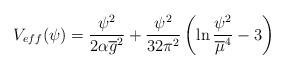
LaTeX: \begin{align*}V_{eff} (\psi ) = \frac{\psi ^2}{2 \alpha {\overline g}^2} + \frac{\psi ^2}{32 \pi ^2}\left( \ln \frac{\psi ^2}{{\overline \mu} ^4} -3 \right)\end{align*}